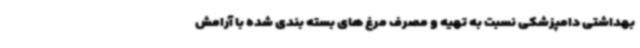
بهداشتی دامپزشکی نسبت به تهیه و مصرف مرغ های بسته بندی شده با آرامش